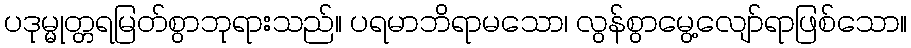
ပဒုမ္မုတ္တရမြတ်စွာဘုရားသည်။ ပရမာဘိရာမသော၊ လွန်စွာမွေ့လျော်ရာဖြစ်သော။